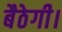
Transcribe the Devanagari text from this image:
बैठेगी।